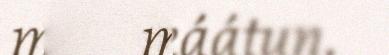
mätkikáátun.